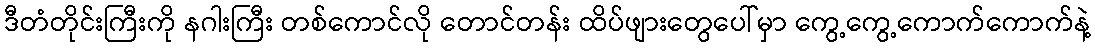
ဒီတံတိုင်းကြီးကို နဂါးကြီး တစ်ကောင်လို တောင်တန်း ထိပ်ဖျားတွေပေါ်မှာ ကွေ့ကွေ့ကောက်ကောက်နဲ့